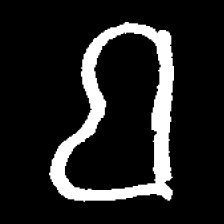
Pyu character \u2014 Myanmar letter: ဗ (romanized: ba)